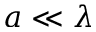
a \ll \lambda